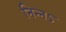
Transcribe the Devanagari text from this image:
निन्नऽ